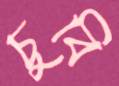
চুবি